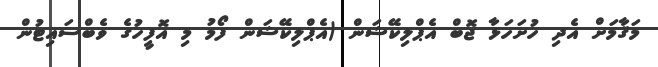
މަޤާމަށް އެދި ހުށަހަޅާ ޖޮބް އެޕްލިކޭޝަން (އެޕްލިކޭޝަން ފޯމު މި އޮފީހުގެ ވެބްސައިޓުން